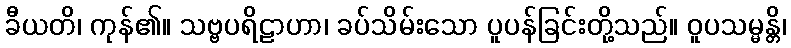
ခီယတိ၊ ကုန်၏။ သဗ္ဗပရိဠာဟာ၊ ခပ်သိမ်းသော ပူပန်ခြင်းတို့သည်။ ဝူပသမ္မန္တိ၊